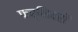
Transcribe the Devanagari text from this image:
फर्निचरों